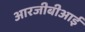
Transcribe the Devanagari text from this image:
आरजीबीआई